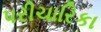
પરીચારિકા